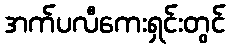
အက်ပလီကေးရှင်းတွင်